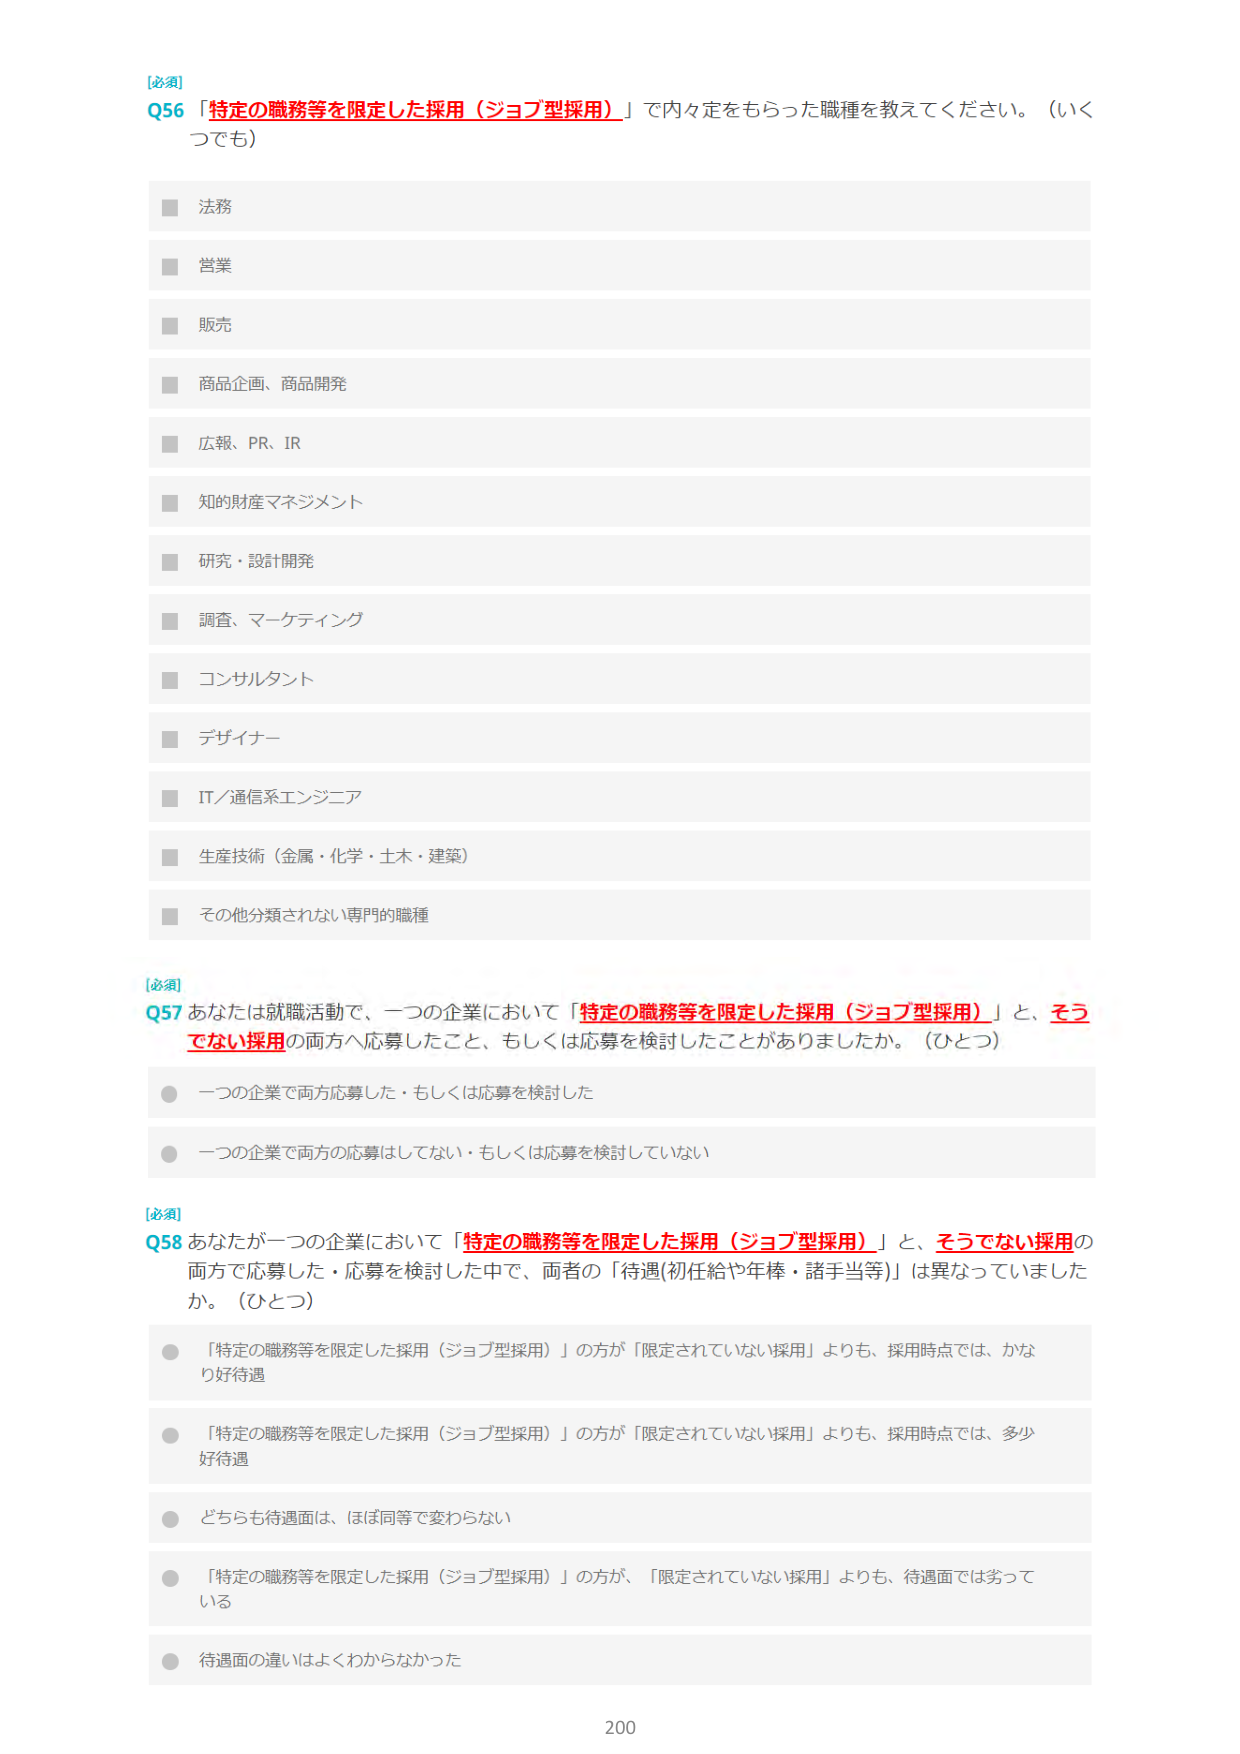
[必須]
Q56 「特定の職務等を限定した採用（ジョブ型採用）」で内々定をもらった職種を教えてください。（いくつでも）

■ 法務
■ 営業
■ 販売
■ 商品企画、商品開発
■ 広報、PR、IR
■ 知的財産マネジメント
■ 研究・設計開発
■ 調査、マーケティング
■ コンサルタント
■ デザイナー
■ IT／通信系エンジニア
■ 生産技術（金属・化学・土木・建築）
■ その他分類されない専門的職種

[必須]
Q57 あなたは就職活動で、一つの企業において「特定の職務等を限定した採用（ジョブ型採用）」と、そうでない採用の両方へ応募したこと、もしくは応募を検討したことがありますか。（ひとつ）

○ 一つの企業で両方応募した・もしくは応募を検討した
○ 一つの企業で両方の応募はしてない・もしくは応募を検討していない

[必須]
Q58 あなたが一つの企業において「特定の職務等を限定した採用（ジョブ型採用）」と、そうでない採用の両方で応募した・応募を検討した中で、両者の「待遇(初任給や年棒・諸手当等)」は異なっていましたか。（ひとつ）

○ 「特定の職務等を限定した採用（ジョブ型採用）」の方が「限定されていない採用」よりも、採用時点では、かなり好待遇
○ 「特定の職務等を限定した採用（ジョブ型採用）」の方が「限定されていない採用」よりも、採用時点では、多少好待遇
○ どちらも待遇面は、ほぼ同等で変わらない
○ 「特定の職務等を限定した採用（ジョブ型採用）」の方が、「限定されていない採用」よりも、待遇面では劣っている
○ 待遇面の違いはよくわからなかった

200